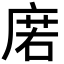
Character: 𢉳